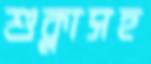
শুক্লাসহ